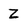
Character: Z